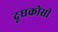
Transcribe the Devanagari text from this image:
दूधकोसी